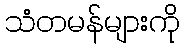
သံတမန်များကို